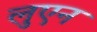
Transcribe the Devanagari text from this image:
लुएन